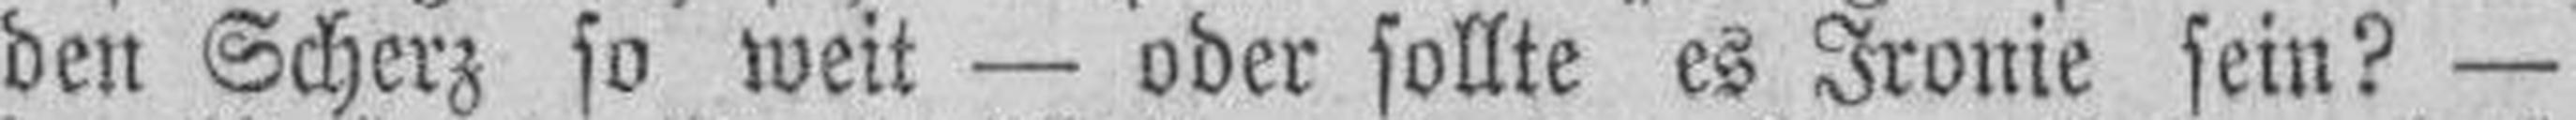
den Scherz so weit — oder sollte es Ironie sein? —